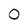
Character: 0